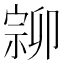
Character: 𡩰